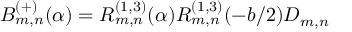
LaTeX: B _ { m , n } ^ { ( + ) } ( \alpha ) = R _ { m , n } ^ { ( 1 , 3 ) } ( \alpha ) R _ { m , n } ^ { ( 1 , 3 ) } ( - b / 2 ) D _ { m , n }